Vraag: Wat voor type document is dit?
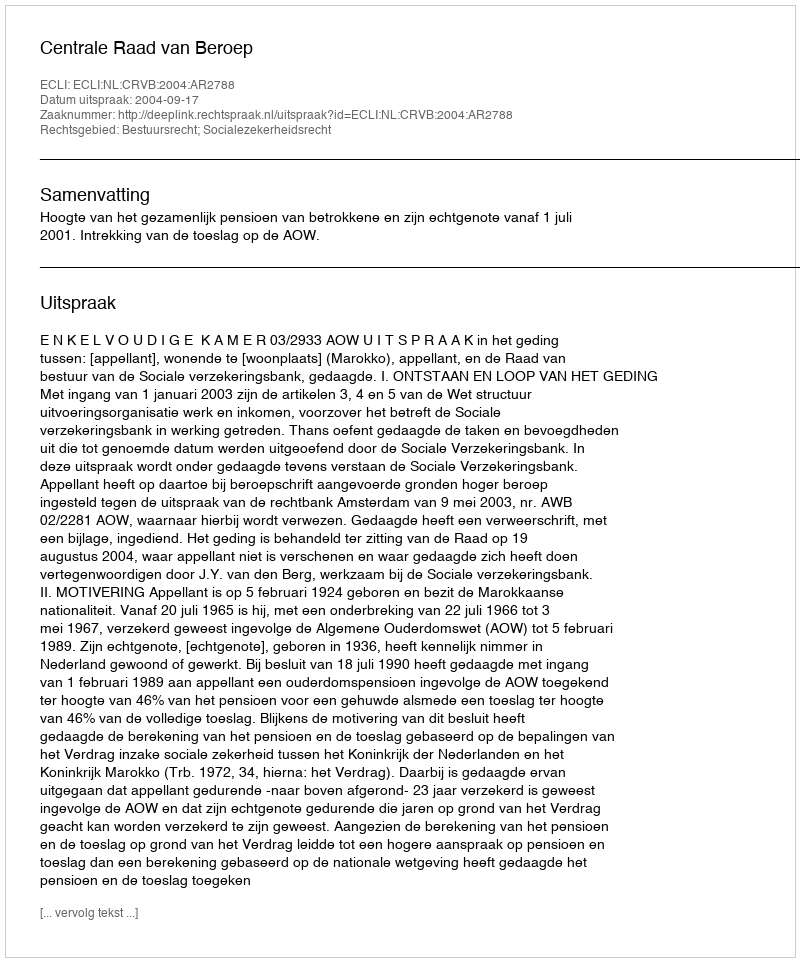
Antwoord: Uitspraak